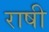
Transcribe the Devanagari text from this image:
राषी